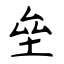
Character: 垒